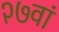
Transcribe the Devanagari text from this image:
२७वां